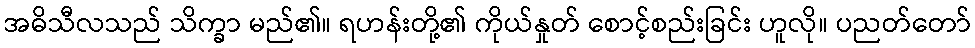
အဓိသီလသည် သိက္ခာ မည်၏။ ရဟန်းတို့၏ ကိုယ်နှုတ် စောင့်စည်းခြင်း ဟူလို။ ပညတ်တော်